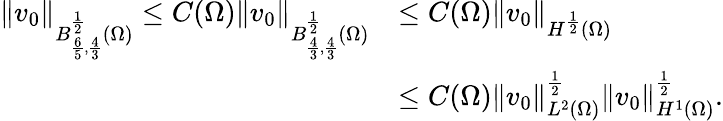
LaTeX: \begin{array}{rl}{\left\lVert v_{0}\right\rVert_{B_{\frac 65,\frac 43}^{\frac 12}(\Omega)}\le C(\Omega)\left\lVert v_{0}\right\rVert_{B_{\frac 43,\frac 43}^{\frac 12}(\Omega)}}&{\le C(\Omega)\left\lVert v_{0}\right\rVert_{H^{\frac 12}(\Omega)}}\\ &{\le C(\Omega)\left\lVert v_{0}\right\rVert_{L^{2}(\Omega)}^{\frac 12}\left\lVert v_{0}\right\rVert_{H^{1}(\Omega)}^{\frac 12}.}\end{array}